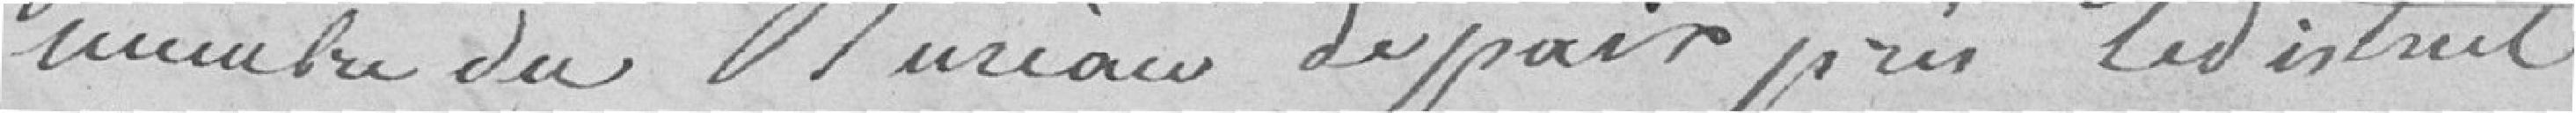
membre du Bureau de paix près le district